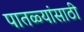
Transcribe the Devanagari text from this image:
पातळ्यांसाठी